Vaccination in the Punjab 1867-1880 - 1867-1880
Year: 1867
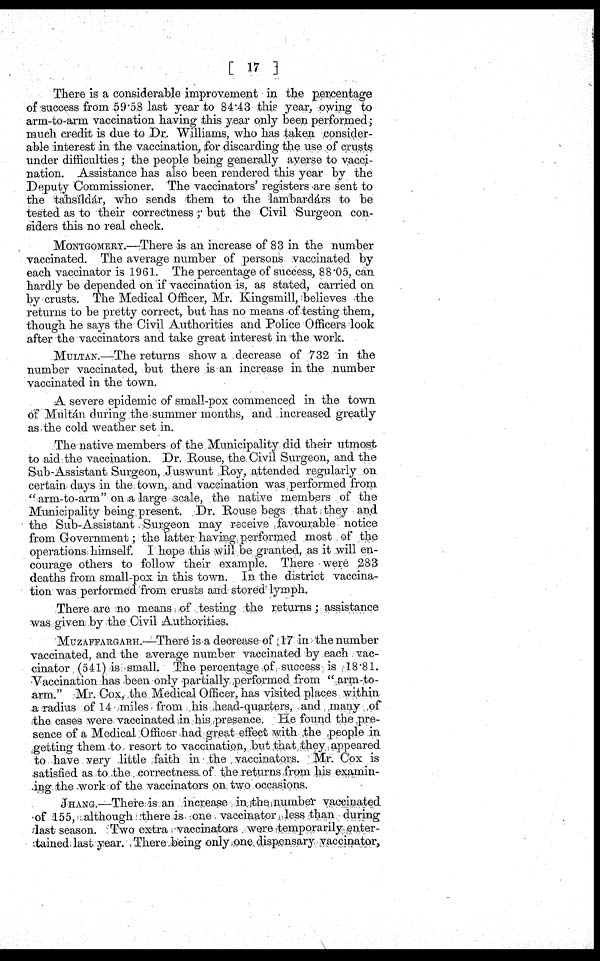
[ 17 ]
There is a considerable improvement in the percentage
of'success from 59.58 last year to 84.43 this year, owing to
arm-to-arm vaccination having this year only been performed;
much credit is due to Dr. Williams, who has taken consider¬
able interest in the vaccination, for discarding the use of crusts
under difficulties ; the people being generally averse to vacci¬
nation. Assistance has also been rendered this year by the
Deputy Commissioner. The vaccinators' registers are sent to
the tahsíldár, who sends them to the lambardárs to be
tested as to their correctness ; but the Civil Surgeon con¬
siders this no real check.
MONTGOMERY.—There is an increase of 83 in the number
vaccinated. The average number of persons vaccinated by
each vaccinator is 1961. The percentage of success, 88.05, can
hardly be depended on if vaccination is, as stated, carried on
by crusts. The Medical Officer, Mr. Kingsmill, believes the
returns to be pretty correct, but has no means of testing them,
though he says the Civil Authorities and Police Officers look
after the vaccinators and take great interest in the work.
MULTAN.—The returns show a decrease of 732 in the
number vaccinated, but there is an increase in the number
vaccinated in the town.
A severe epidemic of small-pox commenced in the town
of Multán during the summer months, and increased greatly
as the cold weather set in.
The native members of the Municipality did their utmost
to aid the vaccination. Dr. Rouse, the Civil Surgeon, and the
Sub-Assistant Surgeon, Juswunt Roy, attended regularly on
certain days in the town, and vaccination was performed from
" arm-to-arm" on a large scale, the native members of the
Municipality being present. Dr. Rouse begs that they and
the Sub-Assistant Surgeon may receive favourable notice
from Government; the latter having performed most of the
operations himself. I hope this will be granted, as it will en-
courage others to follow their example. There were 283
deaths from small-pox in this town. In the district vaccina¬
tion was performed from crusts and stored lymph.
There are no means of testing the returns; assistance
was given by the Civil Authorities.
MUZAFFARGARH.—There is a decrease of 17 in the number
vaccinated, and the average number vaccinated by each vac¬
cinator (541) is small. The percentage of success is 18.81.
Vaccination has been only partially performed from " arm-to-
arm." Mr. Cox, the Medical Officer, has visited places within
a radius of 14 miles from his head-quarters, and many of
the cases were vaccinated in his presence. He found the pre¬
sence of a Medical Officer had great effect with the people in
getting them to resort to vaccination, but that they appeared
to have very little faith in the vaccinators. Mr. Cox is
satisfied as to the correctness of the returns from his examin¬
ing the work of the vaccinators on two occasions.
JHANG.—There is an increase in the number vaccinated
of 155, although there is one vaccinator less than during
last season. Two extra vaccinators were temporarily enter¬
tained last year. There being only one dispensary vaccinator,